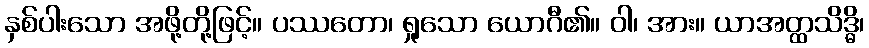
နှစ်ပါးသော အဖို့တို့ဖြင့်။ ပဿတော၊ ရှုသော ယောဂီ၏။ ဝါ၊ အား။ ယာအတ္ထသိဒ္ဓိ၊